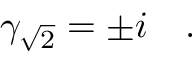
\gamma _ { \sqrt { 2 } } = \pm i \quad .